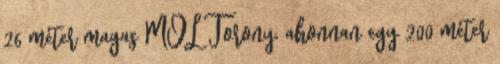
26 méter magas MOL Torony, ahonnan egy 200 méter